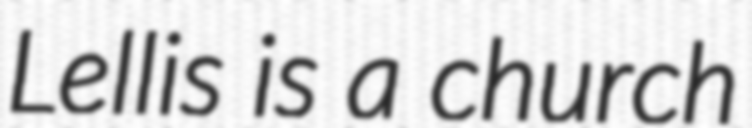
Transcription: Lellis is a church